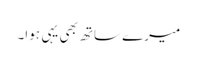
میرے ساتھ بھی یہی ہوا۔